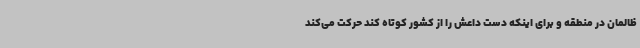
ظالمان در منطقه و برای اینکه دست داعش را از کشور کوتاه کند حرکت می‌کند